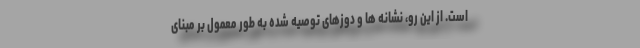
است. از این رو، نشانه ها و دوزهای توصیه شده به طور معمول بر مبنای